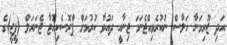
އަދި ޖޫރިމަނާ ހަލާސް ނުކުރެވިއްޖެނަމަ ޖިނާއީ ދައުވާ ކުރުމަށް ޕްރޮސެކިއުޓާ ޖެނަރަލް (ޕީޖީ)ގެ